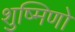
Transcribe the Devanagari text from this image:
शुष्मिणो